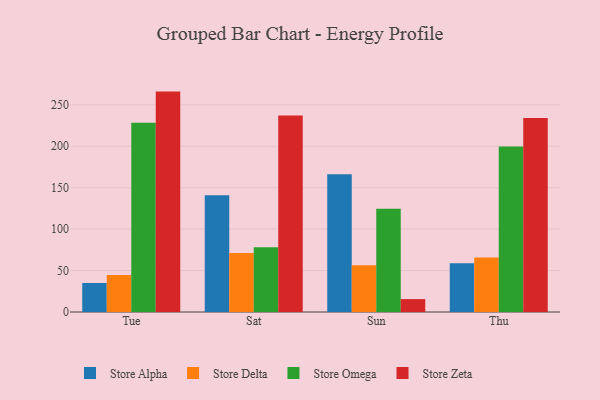
{"axis": {"x": "Day", "y": "Waste Production (Tons)"}, "legend": ["Store Alpha", "Store Delta", "Store Omega", "Store Zeta"], "data": [{"x": "Tue", "y": 35.0, "type": "Store Alpha"}, {"x": "Tue", "y": 44.6, "type": "Store Delta"}, {"x": "Tue", "y": 228.2, "type": "Store Omega"}, {"x": "Tue", "y": 265.9, "type": "Store Zeta"}, {"x": "Sat", "y": 141.0, "type": "Store Alpha"}, {"x": "Sat", "y": 71.1, "type": "Store Delta"}, {"x": "Sat", "y": 78.0, "type": "Store Omega"}, {"x": "Sat", "y": 237.2, "type": "Store Zeta"}, {"x": "Sun", "y": 166.1, "type": "Store Alpha"}, {"x": "Sun", "y": 56.3, "type": "Store Delta"}, {"x": "Sun", "y": 124.5, "type": "Store Omega"}, {"x": "Sun", "y": 15.6, "type": "Store Zeta"}, {"x": "Thu", "y": 58.7, "type": "Store Alpha"}, {"x": "Thu", "y": 65.7, "type": "Store Delta"}, {"x": "Thu", "y": 199.7, "type": "Store Omega"}, {"x": "Thu", "y": 233.9, "type": "Store Zeta"}]}